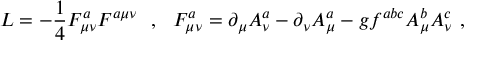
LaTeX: { \cal L } = - \frac { 1 } { 4 } F _ { \mu \nu } ^ { a } F ^ { a \mu \nu } \ \ , \ \ F _ { \mu \nu } ^ { a } = \partial _ { \mu } A _ { \nu } ^ { a } - \partial _ { \nu } A _ { \mu } ^ { a } - g f ^ { a b c } A _ { \mu } ^ { b } A _ { \nu } ^ { c } \ ,